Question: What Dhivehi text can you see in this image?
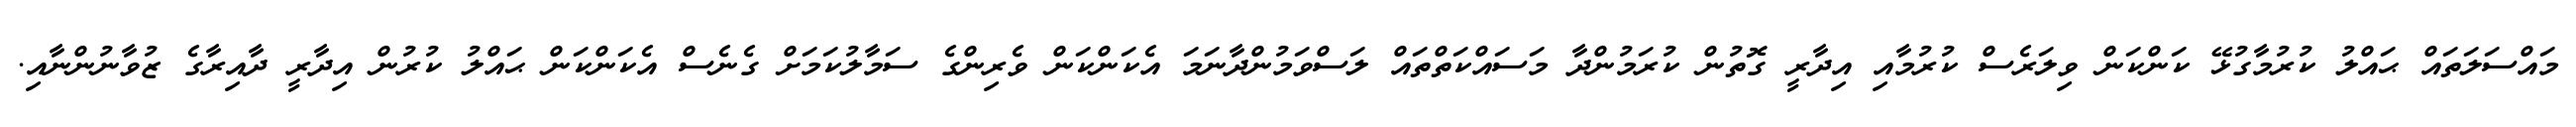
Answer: މައްސަލަތައް ޙައްލު ކުރުމާގުޅޭ ކަންކަން ވިލަރެސް ކުރުމާއި އިދާރީ ގޮތުން ކުރަމުންދާ މަސައްކަތްތައް ލަސްވަމުންދާނަމަ އެކަންކަން ވެރިންގެ ސަމާލުކަމަށް ގެނެސް އެކަންކަން ޙައްލު ކުރުން އިދާރީ ދާއިރާގެ ޒުވާނުންނާއި.